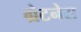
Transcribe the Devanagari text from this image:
ग्रेटनेस